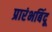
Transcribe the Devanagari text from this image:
प्रारंभबिंदू